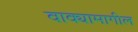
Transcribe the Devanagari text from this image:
वाक्यामागील